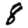
Digit: 8